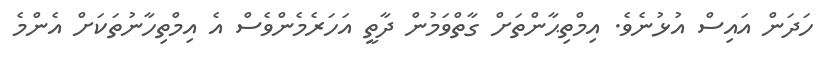
ހަދަން އައިސް އުޅުނެވެ. އިމްތިޙާންތަށް ގާތްވަމުން ދާތީ އަހަރެމެންވެސް އެ އިމްތިހާނުތަކަށް އެންމެ